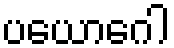
ပယောဂေါ